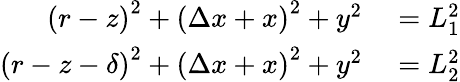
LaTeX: \begin{array}{rl}{\left(r-z\right)^{2}+\left(\Delta x+x\right)^{2}+y^{2}}&{{}=L_{1}^{2}}\\ {\left(r-z-\delta\right)^{2}+\left(\Delta x+x\right)^{2}+y^{2}}&{{}=L_{2}^{2}}\end{array}